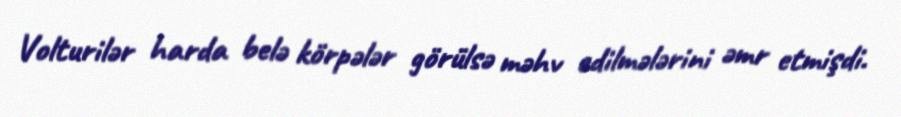
Volturilər harda belə körpələr görülsə məhv edilmələrini əmr etmişdi.